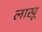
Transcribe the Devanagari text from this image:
लाखू